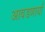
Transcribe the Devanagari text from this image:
आवडणार्या